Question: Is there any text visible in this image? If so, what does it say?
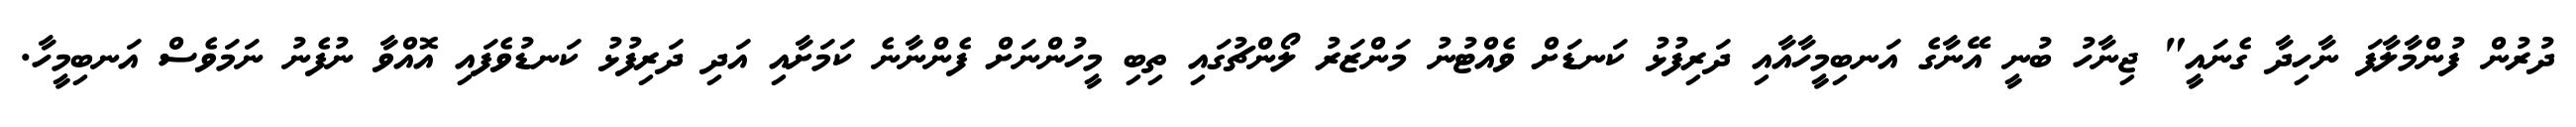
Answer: ދުރުން ފުންމާލާފަ ނާހިދާ ގެނައީ" ޖިނާހު ބުނީ އޭނާގެ އަނބިމީހާއާއި ދަރިފުޅު ކަނޑަށް ވެއްޓުނު މަންޒަރު ލޯންޗުގައި ތިބި މީހުންނަށް ފެންނާނެ ކަމަށާއި އަދި ދަރިފުޅު ކަނޑުވެފައި އޮއްވާ ނުފެނު ނަމަވެސް އަނބިމީހާ.